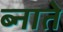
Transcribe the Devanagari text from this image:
ब्नाते